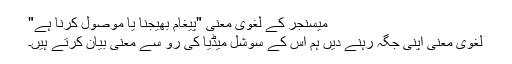
میسنجر کے لغوی معنی "پیغام بھیجنا یا موصول کرنا ہے"
لغوی معنی اپنی جگہ رہنے دیں ہم اس کے سوشل میڈیا کی رو سے معنی بیان کرتے ہیں۔